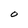
Character: O